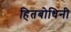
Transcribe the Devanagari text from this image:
हितबोधिनी